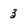
Character: 3